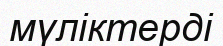
мүліктерді